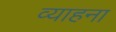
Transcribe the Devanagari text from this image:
व्याहना